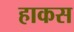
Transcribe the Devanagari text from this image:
हाकस